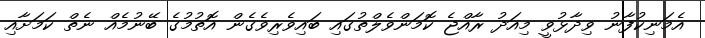
އެމަނިކުފާނު ވިދާޅުވީ މިއަދު ރާއްޖެ ކޮމަންވެލްތުގައި ބައިވެރިވެގެން އޮތުމުގެ ބޭނުމެއް ނެތް ކަމަށާއި